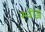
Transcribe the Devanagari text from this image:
स्वीड्न